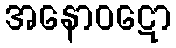
အနောဝဋော